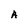
Character: A